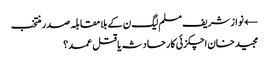
← نواز شریف مسلم لیگ ن کے بلامقابلہ صدر منتخب
مجید خان اچکزئی کار حادثہ یا قتل عمد؟